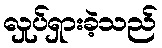
လှုပ်ရှားခဲ့သည်